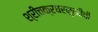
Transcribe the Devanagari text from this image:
श्रीचक्रधरमुखीची